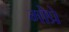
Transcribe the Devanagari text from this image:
मोप्रे